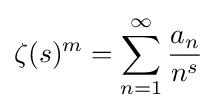
\zeta (s)^{m}=\sum _{n=1}^{\infty }{\frac {a_{n}}{n^{s}}}